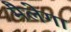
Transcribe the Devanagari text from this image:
मैलेगा